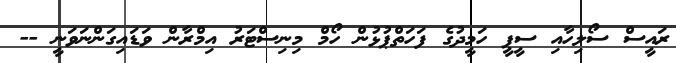
ރައީސް ސޯލިހާއި ސީޕީ ހަމީދުގެ ފަހަތްޕުޅުން ހޯމް މިނިސްޓަރު އިމްރާން ވަޑައިގަންނަވަނީ --